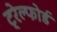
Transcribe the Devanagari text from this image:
ट्रेल्फोर्ड